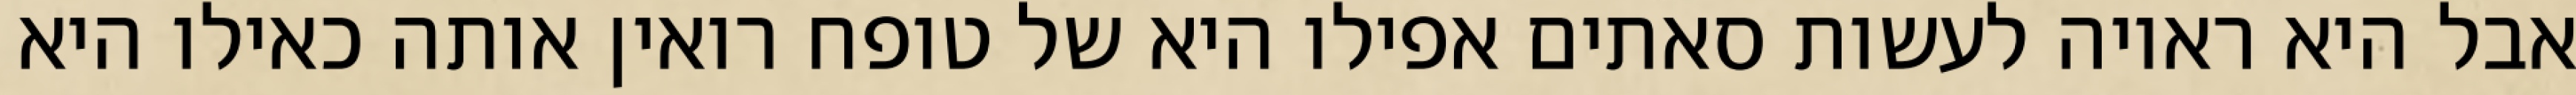
אבל היא ראויה לעשות סאתים אפילו היא של טופח רואין אותה כאילו היא